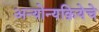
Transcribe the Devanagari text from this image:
अन्योन्यक्रियेचे